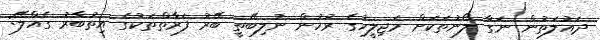
ދައުލަތުން ނަގާ ލޯނުތަކަށް މަޖިލީހުގެ ރުހުން ނުލިބޭތީ ބޭރު ފަރާތްތަކުގެ އިތުބާރު ގެއްލޭ: